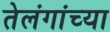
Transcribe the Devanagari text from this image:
तेलंगांच्या